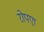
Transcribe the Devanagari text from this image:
रोपएा